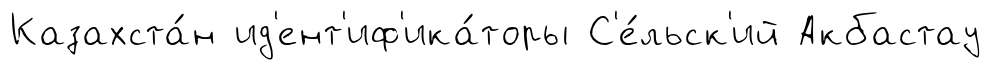
Казахста́н ид'ент'иф'ика́торы С'е́льск'ий Акбастау